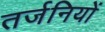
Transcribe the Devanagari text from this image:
तर्जनियों